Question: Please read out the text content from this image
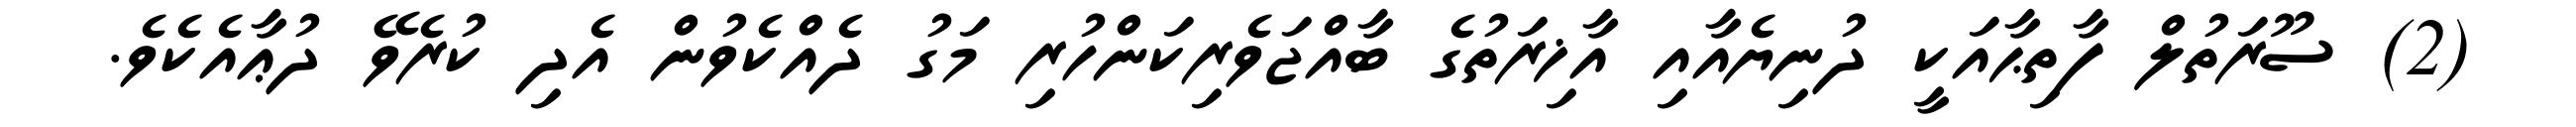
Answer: (2) ސޫރަތުލް ފާތިޙާއަކީ ދުނިޔެއާއި އާޚިރަތުގެ ބާއްޖަވެރިކަންހުރި މަގު ދެއްކެވުން އެދި ކުރެވޭ ދުޢާއެކެވެ.